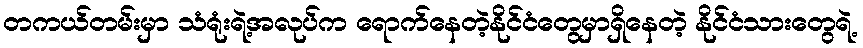
တကယ်တမ်းမှာ သံရုံးရဲ့အလုပ်က ရောက်နေတဲ့နိုင်ငံတွေမှာရှိနေတဲ့ နိုင်ငံသားတွေရဲ့